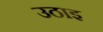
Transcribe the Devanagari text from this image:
उठाइ